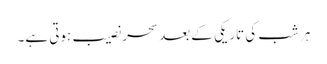
ہر شب کی تاریکی کے بعد سحر نصیب ہوتی ہے۔